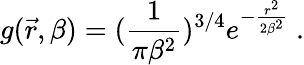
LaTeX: g(\vec{r},\beta)=(\frac{1}{\pi\beta^{2}})^{3/4}e^{-\frac{r^{2}}{2\beta^{2}}}\ .